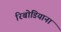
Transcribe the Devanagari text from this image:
रिबोडियाना